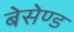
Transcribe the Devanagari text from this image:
बेसेण्ड